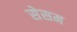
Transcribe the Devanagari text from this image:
सेसम